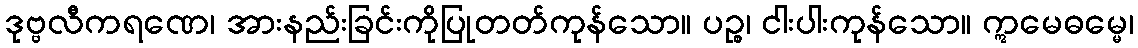
ဒုဗ္ဗလီကရဏေ၊ အားနည်းခြင်းကိုပြုတတ်ကုန်သော။ ပဉ္စ၊ ငါးပါးကုန်သော။ ဣမေဓမ္မေ၊